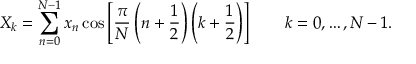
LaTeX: X _ { k } = \sum _ { n = 0 } ^ { N - 1 } x _ { n } \cos \left[ { \frac { \pi } { N } } \left( n + { \frac { 1 } { 2 } } \right) \left( k + { \frac { 1 } { 2 } } \right) \right] \quad \quad k = 0 , \dots , N - 1 .